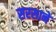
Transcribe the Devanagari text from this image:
सरसाने